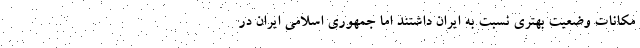
مکانات وضعیت بهتری نسبت به ایران داشتند اما جمهوری اسلامی ایران در